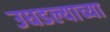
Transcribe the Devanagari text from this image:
उघडल्याच्या